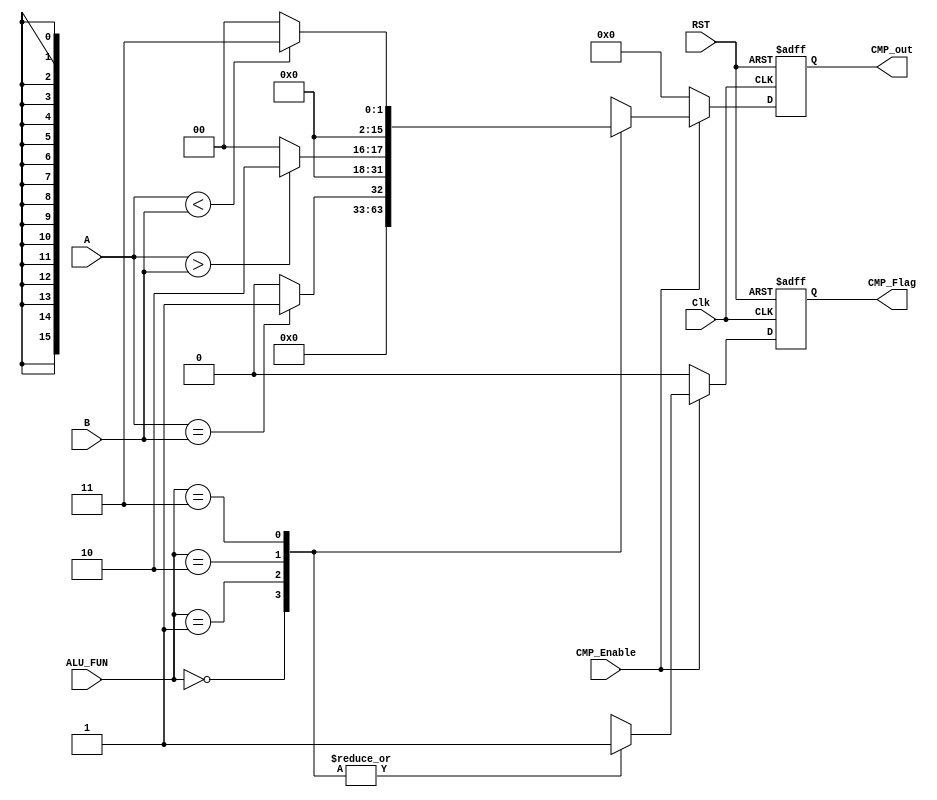
module CMP_UNIT 
  #(parameter IN_DATA_WIDTH= 16,
              OUT_DATA_WIDTH=16
  )
    (
  input wire      [IN_DATA_WIDTH-1:0]        A,
  input wire      [IN_DATA_WIDTH-1:0]        B,
  input wire      [1:0]                      ALU_FUN,
  input wire                                 Clk,
  input wire                                 RST,
  input wire                                 CMP_Enable,
  output reg     [OUT_DATA_WIDTH-1:0]        CMP_out,
  output reg                                 CMP_Flag
  );
  reg [OUT_DATA_WIDTH-1:0]        CMP_out_signal;
  reg                             CMP_Flag_siganl;
  //always blocking sequntial
  
  always@(posedge Clk or negedge RST)
  begin
    if(!RST)
      begin
        CMP_out<=16'b0;
        CMP_Flag<=1'b0; 
      end
    else
      begin
      CMP_out<=CMP_out_signal;
      CMP_Flag<=CMP_Flag_siganl;
      end
  end
  //always blocking combintional
  always@(*)
  begin
    CMP_Flag_siganl=1'b0;
    CMP_out_signal=16'b0;
    if(CMP_Enable)
      begin
        case(ALU_FUN)
           2'b00 : begin
              CMP_out_signal = 16'b0  ;
              CMP_Flag_siganl = 1'b1 ;              
		               end
           2'b01 : begin
              CMP_Flag_siganl = 1'b1 ;  
              if (A==B)
                CMP_out_signal = 16'b1;
              else
                CMP_out_signal = 16'b0;			  
		               end
          2'b10 : begin
              CMP_Flag_siganl = 1'b1 ;  
              if (A>B)
                CMP_out_signal = 16'b10;
              else
                CMP_out_signal = 16'b0;			  
		              end
          2'b11 : begin
              CMP_Flag_siganl = 1'b1 ; 
              if (A<B)
                CMP_out_signal = 16'b11;
              else
                CMP_out_signal = 16'b0;			  
		              end
		         endcase
		     end
		   else
		     begin
		        CMP_Flag_siganl=1'b0;
            CMP_out_signal=16'b0;
		       end
		end
		endmodule